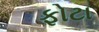
ફોટા